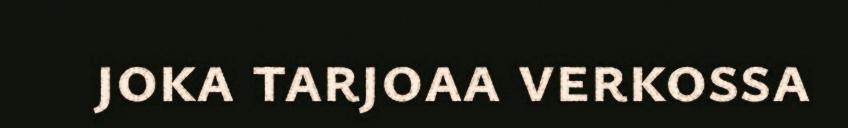
joka tarjoaa verkossa